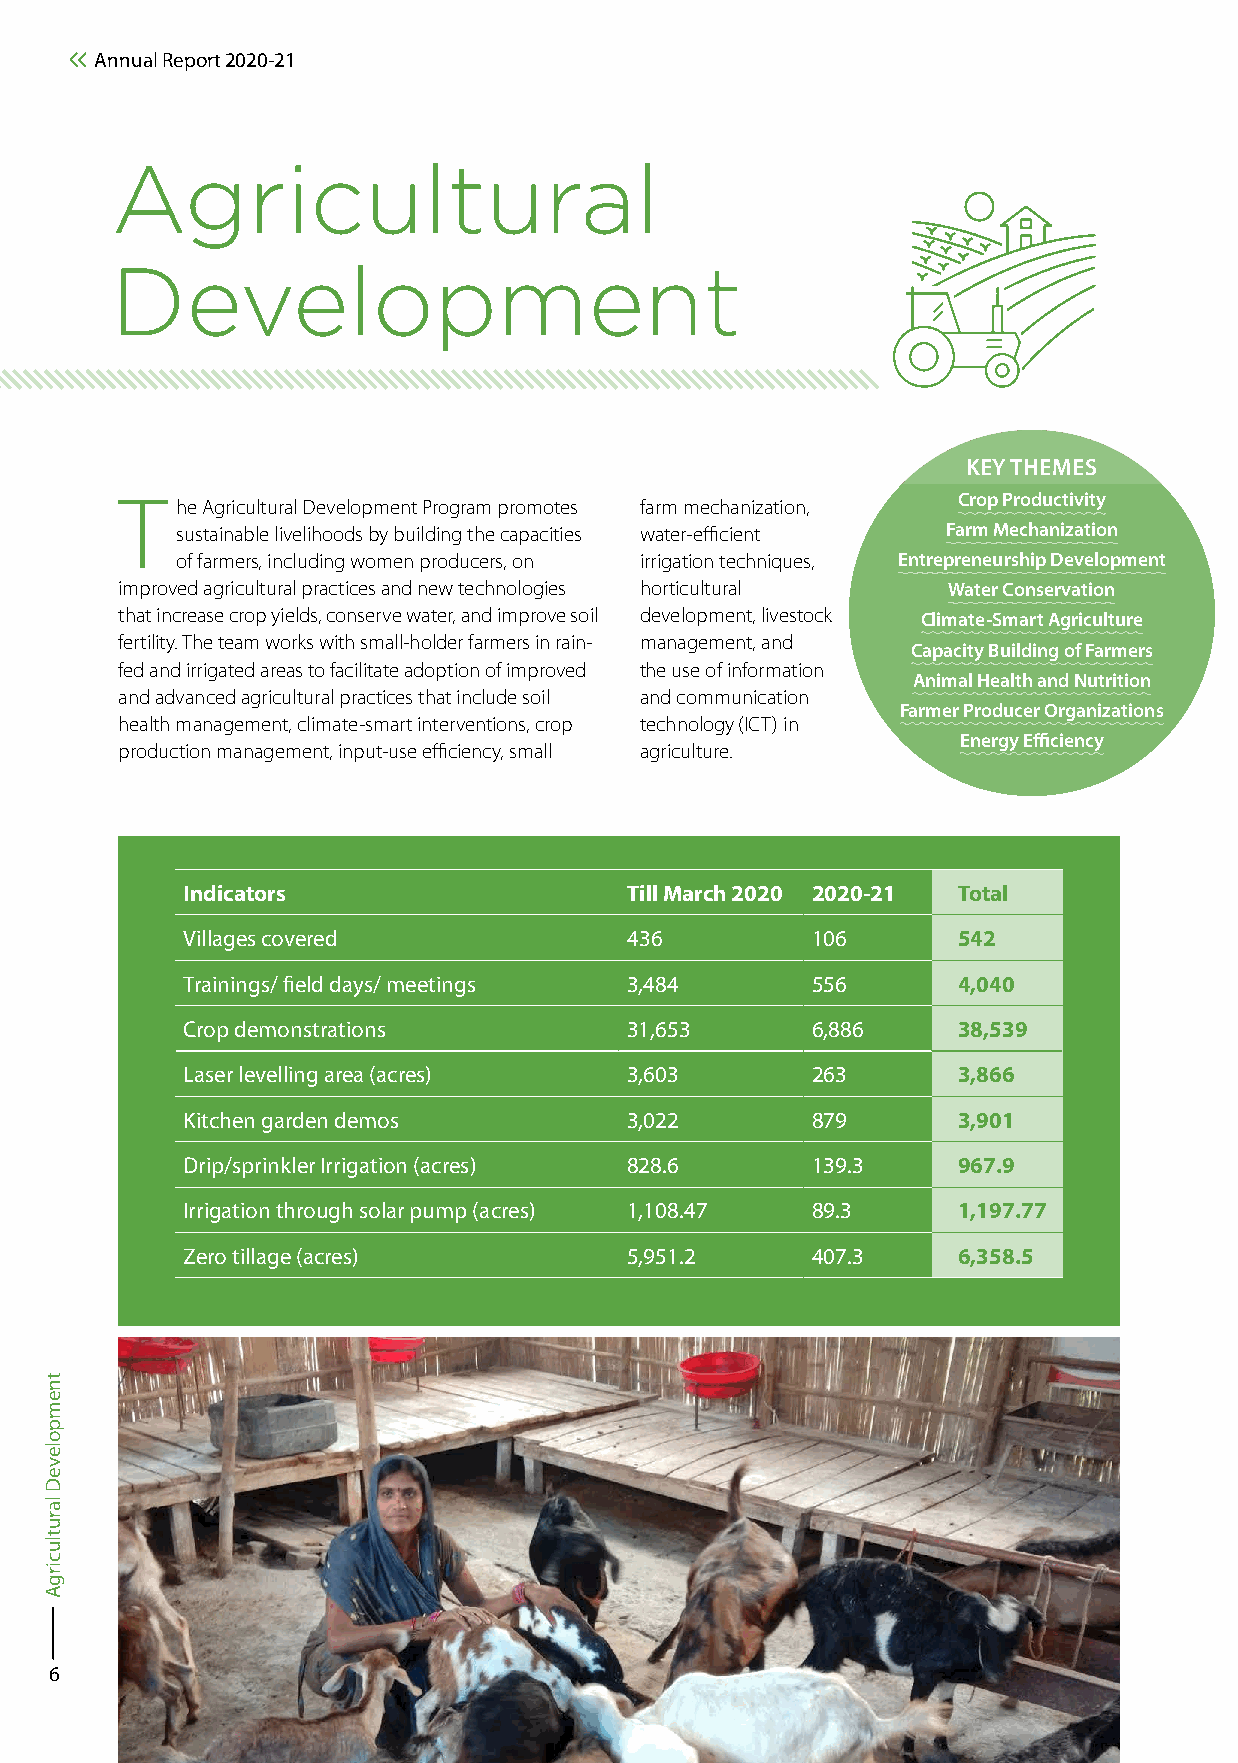
Annual Report 2020-21
 Agricultural
 Development
 KEY THEMES
 T   he Agricultural Development Program promotes farm mechanization, Crop Productivity
 sustainable livelihoods by building the capacities water-efficient Farm Mechanization
 of farmers, including women producers, on irrigation techniques, Entrepreneurship Development
 improved agricultural practices and new technologies horticultural Water Conservation
 that increase crop yields, conserve water, and improve soil development, livestock Climate-Smart Agriculture
 fertility. The team works with small-holder farmers in rain- management, and
 Capacity Building of Farmers
 fed and irrigated areas to facilitate adoption of improved the use of information
 Animal Health and Nutrition
 and advanced agricultural practices that include soil and communication
 Farmer Producer Organizations
 health management, climate-smart interventions, crop technology (ICT) in
 Energy Efficiency
 production management, input-use efficiency, small agriculture.
 Indicators                    Till March 2020 2020-21 Total
 Villages covered              436         106      542
 Trainings/ field days/ meetings 3,484     556      4,040
 Crop demonstrations           31,653      6,886    38,539
 Laser levelling area (acres)  3,603       263      3,866
 Kitchen garden demos          3,022       879      3,901
 Drip/sprinkler Irrigation (acres) 828.6   139.3    967.9
 Irrigation through solar pump (acres) 1,108.47 89.3 1,197.77
 Zero tillage (acres)          5,951.2     407.3    6,358.5
 6
 tnempoleveD
 larutlucirgA